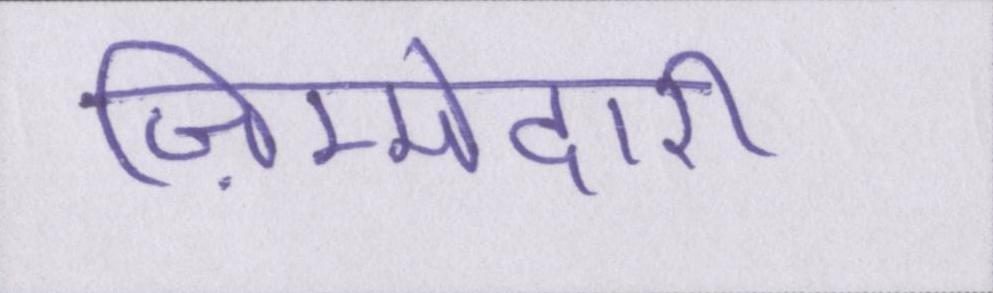
ज़िम्मेदारी